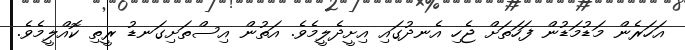
އަހަރެން މަޑުމަޑުން ފަހަތަށް ޖެހި އެނދުގައި އިށީދެލީމެވެ. އަތުން އިސްތަށިގަނޑު ރީތި ކޮއްލީމެވެ.